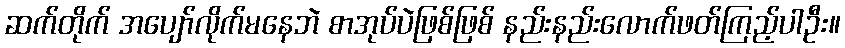
ဆက်တိုက် အပျော်လိုက်မနေဘဲ စာအုပ်ပဲဖြစ်ဖြစ် နည်းနည်းလောက်ဖတ်ကြည့်ပါဦး။